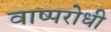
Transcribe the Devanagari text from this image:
वाष्परोधी